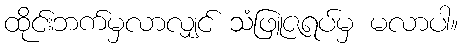
ထိုင်းဘက်မှလာလျှင် သံဖြူဇရပ်မှ မလာပါ။